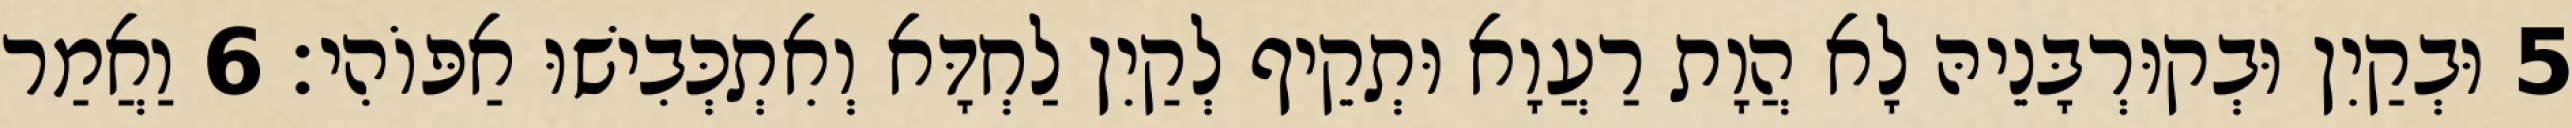
5 וּבְקַיִן וּבְקוּרְבָּנֵיהּ לָא הֲוָת רַעֲוָא וּתְקֵיף לְקַיִן לַחְדָּא וְאִתְכְּבִישׁוּ אַפּוֹהִי׃ 6 וַאֲמַר